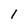
Character: 1